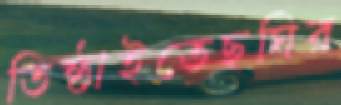
তিষ্ঠাইতেছঘির